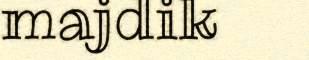
majdik